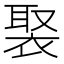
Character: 𧚿